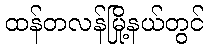
ထန်တလန်မြို့နယ်တွင်